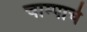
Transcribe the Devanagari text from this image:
चाम्पाचे